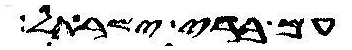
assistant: עם ברי ישראל